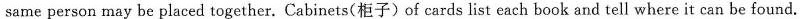
same person may be placed together. Cabinets(柜子)of cards list each book and tell where it can be found.